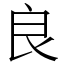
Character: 良